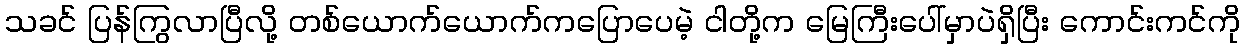
သခင် ပြန်ကြွလာပြီလို့ တစ်ယောက်ယောက်ကပြောပေမဲ့ ငါတို့က မြေကြီးပေါ်မှာပဲရှိပြီး ကောင်းကင်ကို